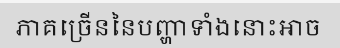
ភាគច្រើននៃបញ្ហាទាំងនោះអាច